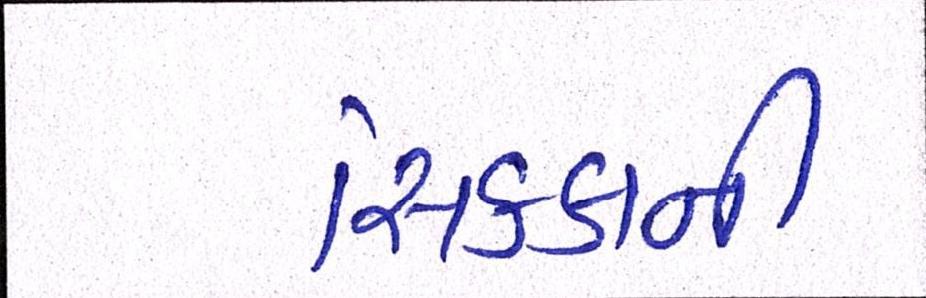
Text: સિક્કાની